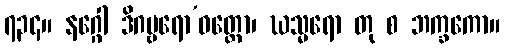
၇၃၄။ နဂ္ဂေါ ဒိဂမ္ဗရော’ဝတ္ထော၊ ဃသ္မရော တု စ ဘက္ခကော။